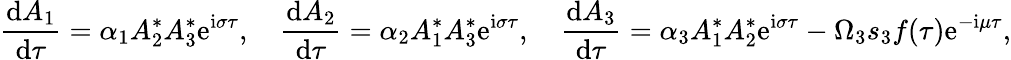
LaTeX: \frac{\mathrm{d}{A_{1}}}{\mathrm{d}{\tau}}=\alpha_{1}A_{2}^{*}A_{3}^{*}\mathrm{e}^{\mathrm{i}\sigma\tau},\quad\frac{\mathrm{d}{A_{2}}}{\mathrm{d}{\tau}}=\alpha_{2}A_{1}^{*}A_{3}^{*}\mathrm{e}^{\mathrm{i}\sigma\tau},\quad\frac{\mathrm{d}{A_{3}}}{\mathrm{d}{\tau}}=\alpha_{3}A_{1}^{*}A_{2}^{*}\mathrm{e}^{\mathrm{i}\sigma\tau}-\Omega_{3}s_{3}f(\tau)\mathrm{e}^{-\mathrm{i}\mu\tau},